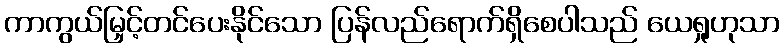
ကာကွယ်မြှင့်တင်ပေးနိုင်သော ပြန်လည်ရောက်ရှိစေပါသည် ယေရှုဟုသာ